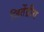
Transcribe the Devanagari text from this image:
जितेंद्रीय